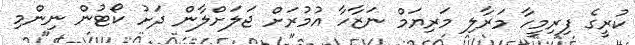
ކުރީގެ ފިރިމީހާ މަރާލި މަރިޔަމް ނަޒާހާ އުމުރަށް ޖަލަށްލާން ދަށު ކޯޓުން ނިންމި